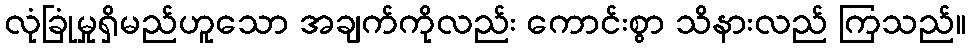
လုံခြုံမှုရှိမည်ဟူသော အချက်ကိုလည်း ကောင်းစွာ သိနားလည် ကြသည်။